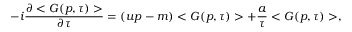
- i \frac { \partial < G ( p , \tau ) > } { \partial \tau } = ( u p - m ) < G ( p , \tau ) > + \frac { a } { \tau } < G ( p , \tau ) > ,